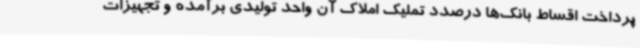
پرداخت اقساط بانک‌ها درصدد تملیک املاک آن واحد تولیدی برآمده و تجهیزات